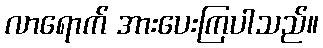
လာရောက် အားပေးကြပါသည်။